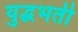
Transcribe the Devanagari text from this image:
युद्धभर्ती